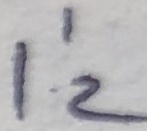
Text: I'2